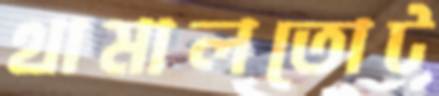
থামালতোট